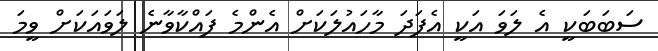
ސަބަބަކީ އެ ލަވަ އަކީ އެފަދަ މާހައުލަކަށް އެންމެ ފައްކާވާނެ ލަވައަކަށް ވީމަ